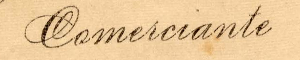
Comeiciante